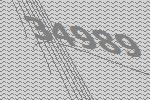
34989